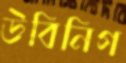
উবিনিগ